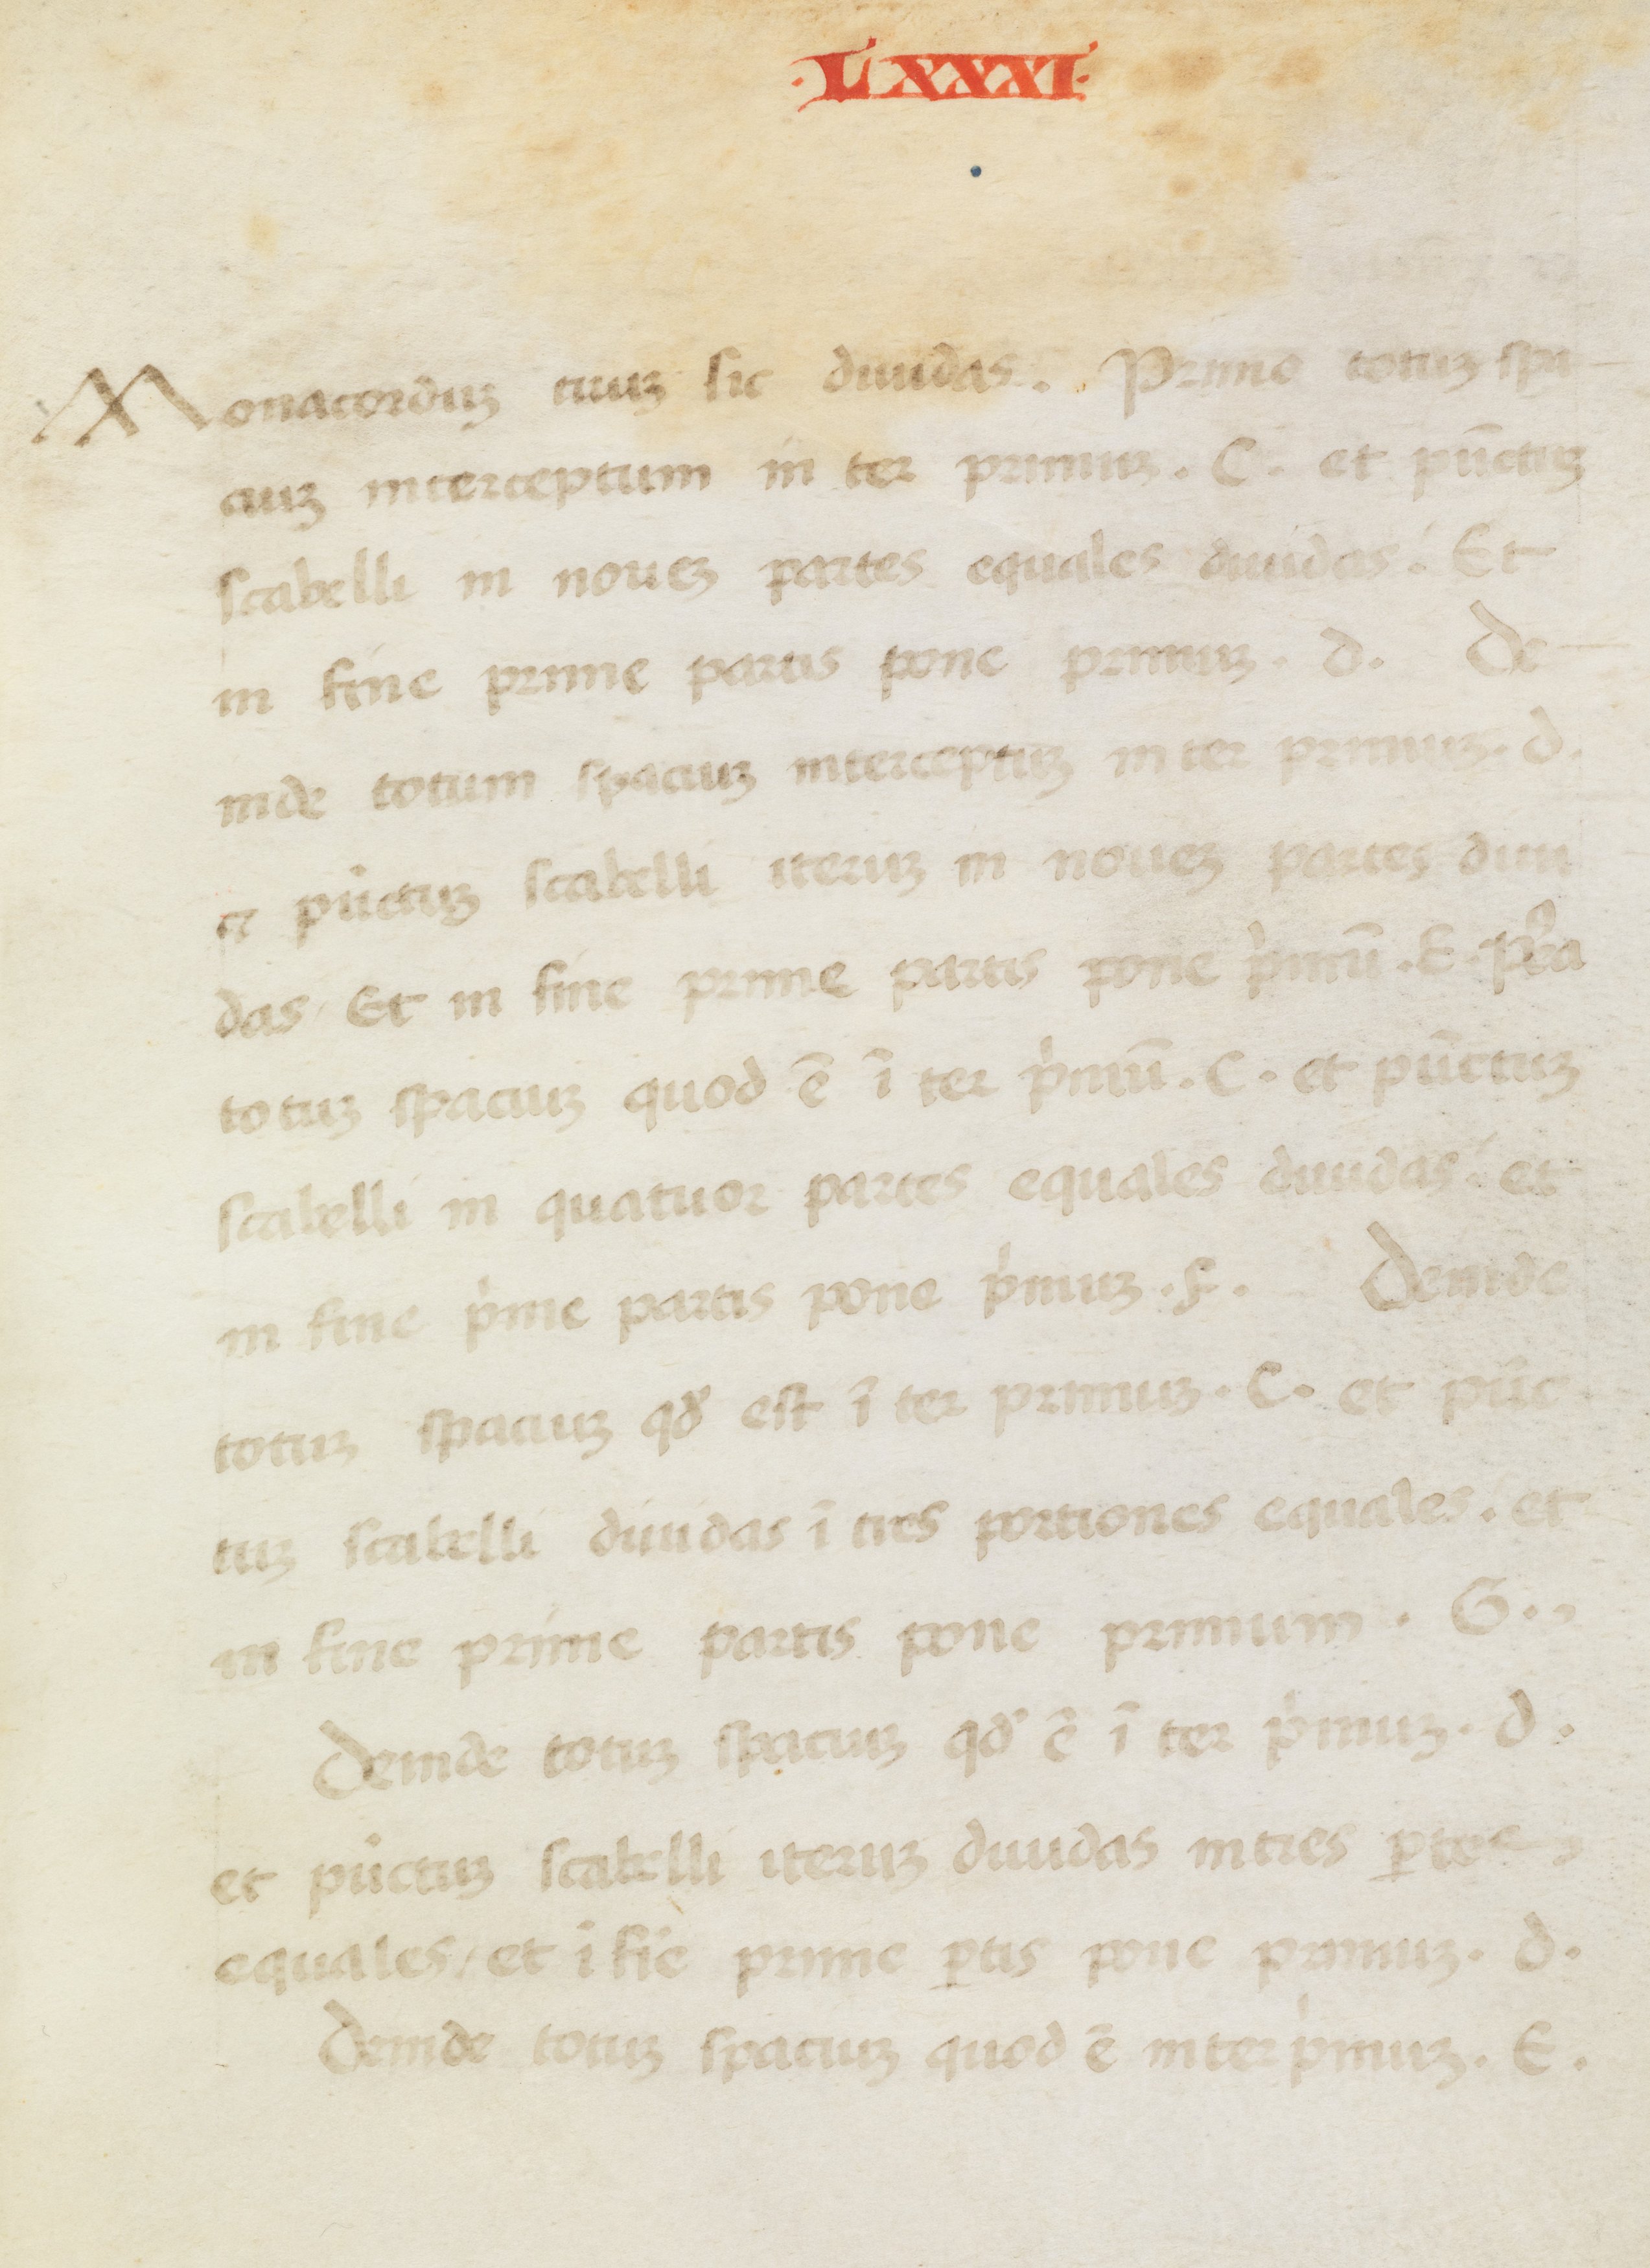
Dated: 1400–1499